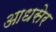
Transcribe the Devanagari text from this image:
आधसेर